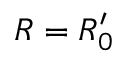
R = R _ { 0 } ^ { \prime }